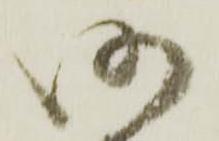
仍